system: You are a helpful assistant.
user:
Analyze the provided spectrum to determine if it is a **Carbon Star (C-type)**.

- **Key Visual Indicators of Carbon Star:**
    - **(Primary):** Strong molecular absorption from **C₂ (diatomic carbon) "Swan Bands."** This is the **defining feature** of a carbon star.
        - **(Key Bandheads):** Sharp absorption edges are visible at approximately $5635$ Å, $5165$ Å (the strongest band), and $4737$ Å.
        - **(Line Profile):** Creates a distinct **"saw-tooth"** pattern. The key morphology is a sharp, steep bandhead on the **red (long-wavelength) side**, which then gradually tapers off (i.e., flux recovers) towards the **blue (short-wavelength) side**. *(This is the direct opposite of the TiO bands seen in M-type stars)*.

    - **(Secondary):** Intense **CN (cyanogen)** molecular absorption bands.
        - **(Key Bandheads):** Located in the blue and violet regions of the spectrum (e.g., near $4215$ Å and $3883$ Å).
        - **(Morphology):** These bands are extremely broad and act as a "blanket," absorbing the vast majority of blue and violet light. This creates a characteristic **"cliff"** or **"steep drop-off"** in the spectrum's flux at short wavelengths.

    - **(Key Confirmation):** Strong **CH absorption band (G-band)**.
        - **(Key Bandhead):** Located around $4300$ Å. The contribution from CH molecules to this band is exceptionally strong.

    - **(Overall Spectrum):**
        - The continuum is severely "chopped up" by these deep molecular bands, especially C₂, rather than appearing as a smooth curve.
        - Due to the heavy CN and C₂ absorption in the blue-green, the vast majority of the star's flux is concentrated in the red part of the spectrum, giving the star its characteristic deep red color.

Think first, call **spectral_visualization_tool** if needed to examine features in detail, then provide your final answer. Your response must adhere to the following strict rules:
1.  **Overall Structure:** Your response must follow the format `<think>...</think> <tool_call>...</tool_call> (if a tool is used) <answer>...</answer>`.
2.  **Tool Usage Constraint:** You may only make **one** tool call per turn.
3.  **Final Answer Format:** In the `<answer>` tag, your conclusion must be inside a `\boxed{}` command (e.g., `\boxed{YES}`), followed by your justification.

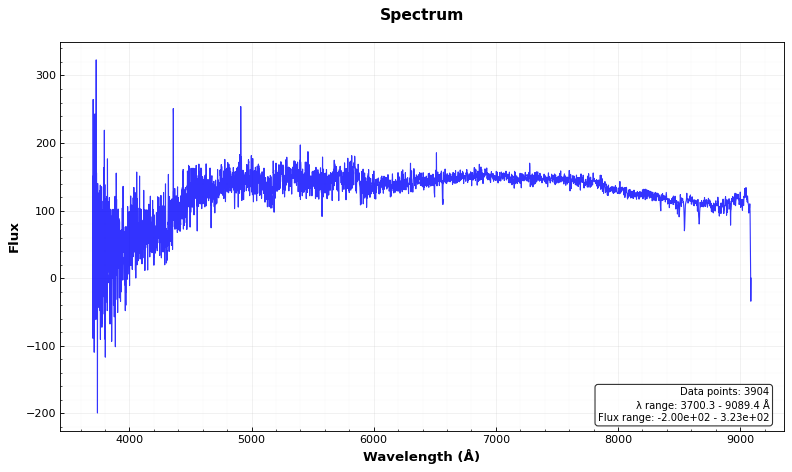
Answer: NO